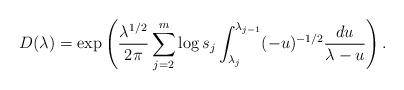
LaTeX: \begin{align*}D(\lambda)=\exp\left(\frac{\lambda^{1/2}}{2\pi}\sum_{j=2}^{m} \log s_j \int_{\lambda_j}^{\lambda_{j-1}}(-u)^{-1/2}\frac{du}{\lambda-u}\right).\end{align*}